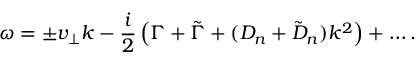
\omega = \pm v _ { \perp } k - \frac { i } { 2 } \left( \Gamma + \tilde { \Gamma } + ( D _ { n } + \tilde { D } _ { n } ) k ^ { 2 } \right) + \ldots .